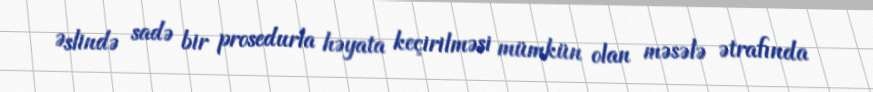
Əslində sadə bir prosedurla həyata keçirilməsi mümkün olan məsələ ətrafında